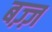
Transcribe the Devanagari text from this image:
बज़्ज़